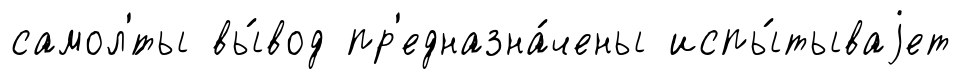
самол'́ты вы́вод пр'едназна́чены испы́тываjет